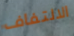
الالتفاف